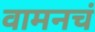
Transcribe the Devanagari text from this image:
वामनचं